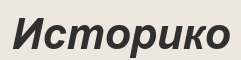
Историко